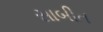
સાબીત